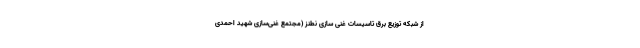
از شبکه توزیع برق تاسیسات غنی سازی نطنز (مجتمع غنی‌سازی شهید احمدی